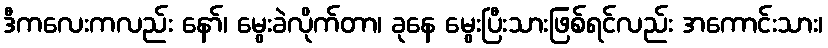
ဒီကလေးကလည်း နော်၊ မွေးခဲလိုက်တာ၊ ခုနေ မွေးပြီးသားဖြစ်ရင်လည်း အကောင်းသား၊